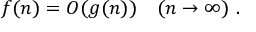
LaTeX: f ( n ) = O ( g ( n ) ) \quad ( n \rightarrow \infty ) ~ .